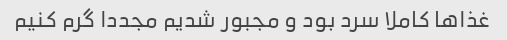
غذا‌ها کاملا سرد بود و مجبور شدیم مجددا گرم کنیم